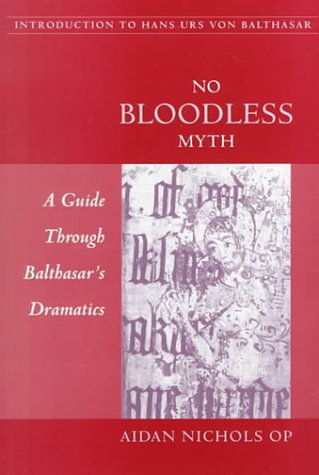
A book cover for No Bloodless Myth: A Guide through Balthasar's Dramatics; Aidan Nichols O.P.; Religion & Spirituality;